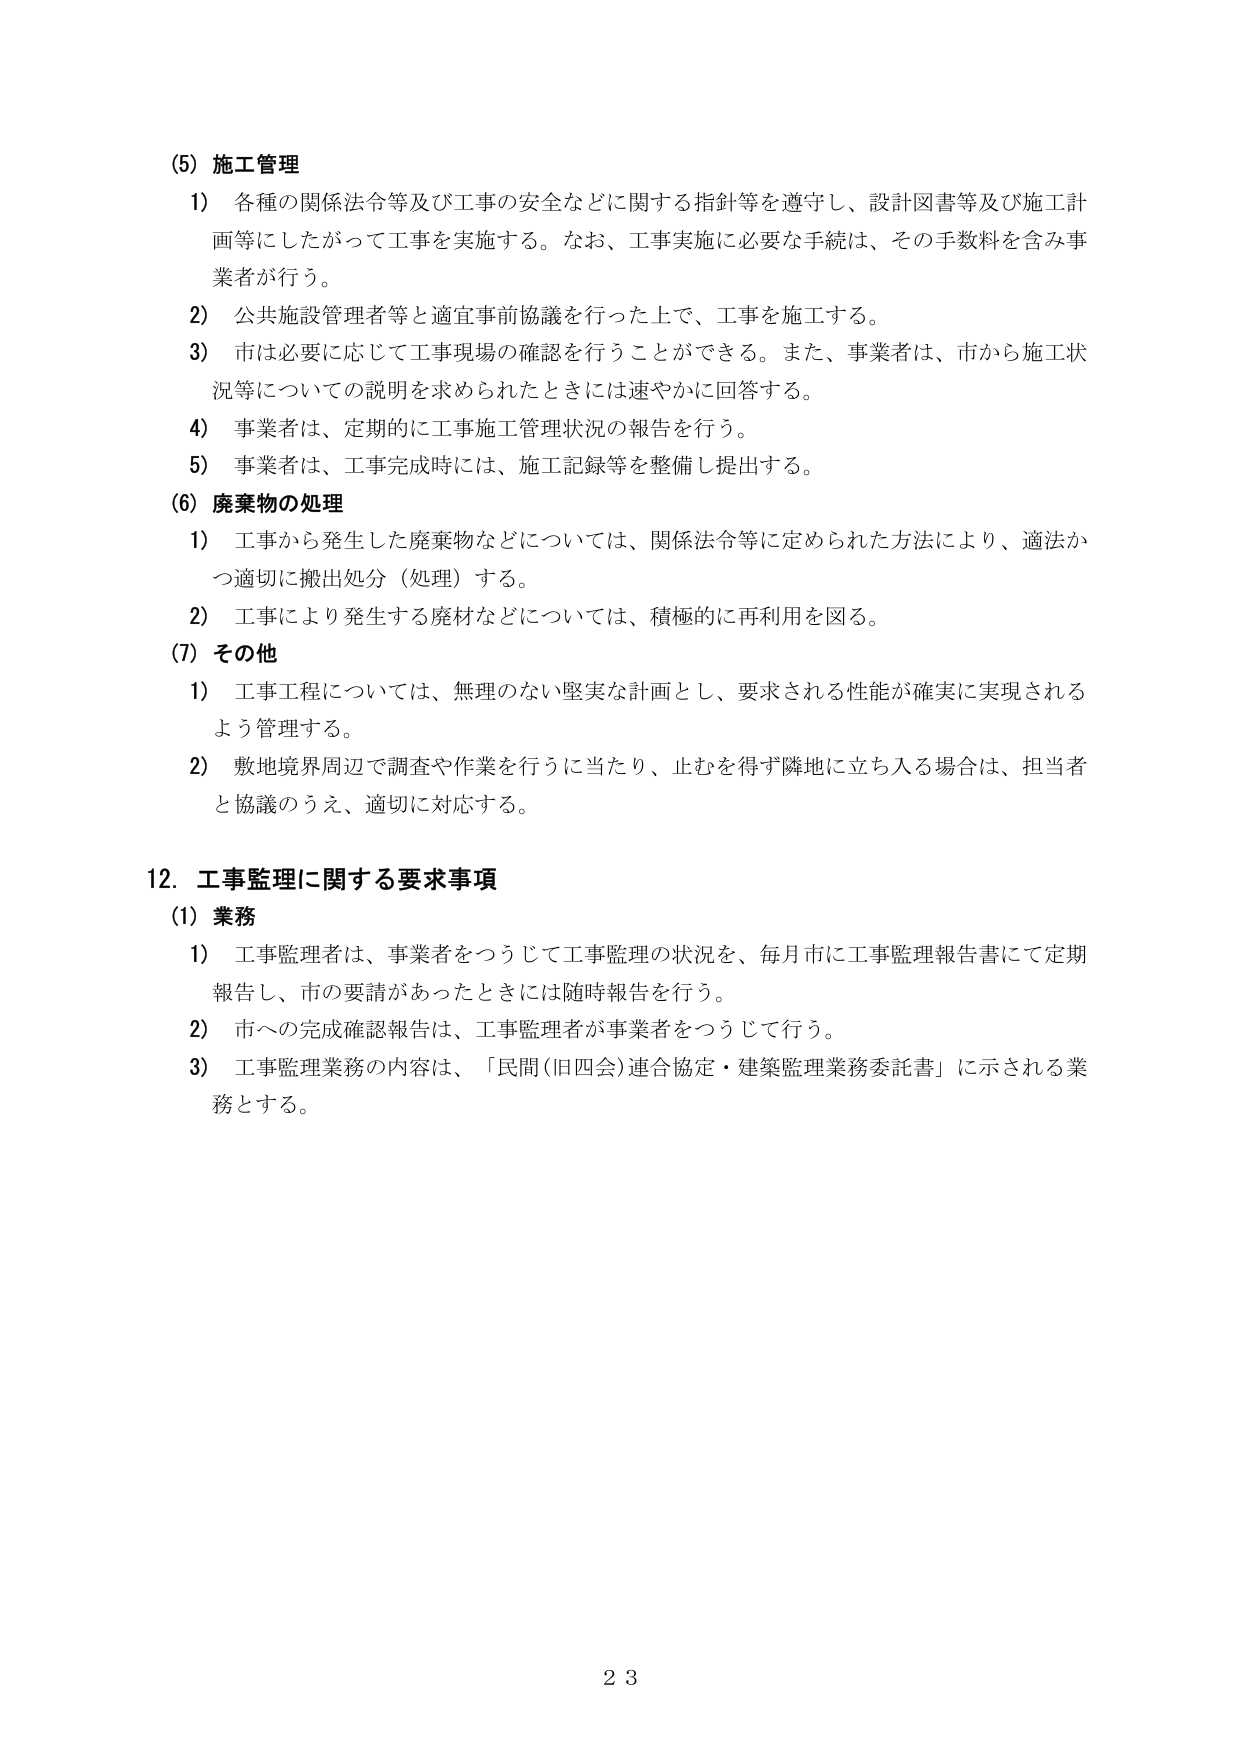
(5) 施工管理
1) 各種の関係法令等及び工事の安全などに関する指針等を遵守し、設計図書等及び施工計画等にしたがって工事を実施する。なお、工事実施に必要な手続は、その手数料を含み事業者が行う。
2) 公共施設管理者等と適宜事前協議を行った上で、工事を施工する。
3) 市は必要に応じて工事現場の確認を行うことができる。また、事業者は、市から施工状況等についての説明を求められたときには速やかに回答する。
4) 事業者は、定期的に工事施工管理状況の報告を行う。
5) 事業者は、工事完成時には、施工記録等を整備し提出する。

(6) 廃棄物の処理
1) 工事から発生した廃棄物などについては、関係法令等に定められた方法により、適法かつ適切に搬出処分（処理）する。
2) 工事により発生する廃材などについては、積極的に再利用を図る。

(7) その他
1) 工事工程については、無理のない堅実な計画とし、要求される性能が確実に実現されるよう管理する。
2) 敷地境界周辺で調査や作業を行うに当たり、止むを得ず隣地に立ち入る場合は、担当者と協議のうえ、適切に対応する。

12. 工事監理に関する要求事項
(1) 業務
1) 工事監理者は、事業者をつうじて工事監理の状況を、毎月市に工事監理報告書にて定期報告し、市の要請があったときには随時報告を行う。
2) 市への完成確認報告は、工事監理者が事業者をつうじて行う。
3) 工事監理業務の内容は、「民間（旧四会）連合協定・建築監理業務委託書」に示される業務とする。

23